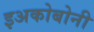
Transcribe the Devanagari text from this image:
इअकोबोनी